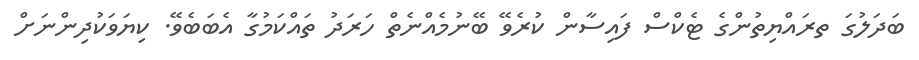
ބަދަލުގަ ތރައްޔިތުންގެ ޓެކްސް ފައިސާން ކުރެވޭ ބޭނުމެއްނެތް ހަރަދު ތައްކަމުގާ އެބަބެވޭ. ކިޔަވަކުދިންނަށް